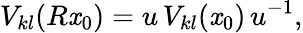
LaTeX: V_{kl}(R\mathit{x}_{0})=u\, V_{kl}(\mathit{x}_{0})\, u^{-1},